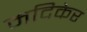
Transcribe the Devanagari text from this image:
मदिकेर